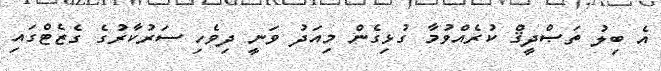
އެ ބިލު ތަޞްދީޤް ކުރެއްވުމާ ގުޅިގެން މިއަދު ވަނީ ދިވެހި ސަރުކާރުގެ ގެޒެޓްގައި